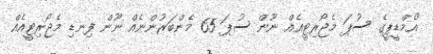
"އެމްޑީޕީގެ ސުޕަ މެޖޯރިޓީއެއް ނޫން ސުޕަ 65 މެންބަރުންނެއް ނޫން ފިނޑި މެޖޯރިޓީއެއް